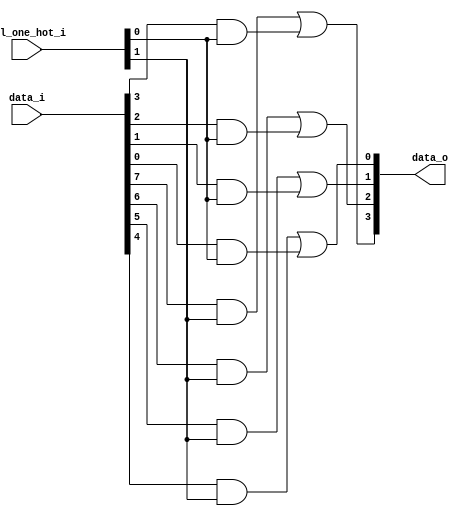
// This program was cloned from: https://github.com/NYU-MLDA/OpenABC
// License: BSD 3-Clause "New" or "Revised" License

module bsg_mux_one_hot_width_p4_els_p2
(
  data_i,
  sel_one_hot_i,
  data_o
);

  input [7:0] data_i;
  input [1:0] sel_one_hot_i;
  output [3:0] data_o;
  wire [3:0] data_o;
  wire [7:0] data_masked;
  assign data_masked[3] = data_i[3] & sel_one_hot_i[0];
  assign data_masked[2] = data_i[2] & sel_one_hot_i[0];
  assign data_masked[1] = data_i[1] & sel_one_hot_i[0];
  assign data_masked[0] = data_i[0] & sel_one_hot_i[0];
  assign data_masked[7] = data_i[7] & sel_one_hot_i[1];
  assign data_masked[6] = data_i[6] & sel_one_hot_i[1];
  assign data_masked[5] = data_i[5] & sel_one_hot_i[1];
  assign data_masked[4] = data_i[4] & sel_one_hot_i[1];
  assign data_o[0] = data_masked[4] | data_masked[0];
  assign data_o[1] = data_masked[5] | data_masked[1];
  assign data_o[2] = data_masked[6] | data_masked[2];
  assign data_o[3] = data_masked[7] | data_masked[3];

endmodule